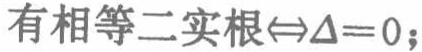
有相等二实根$\Leftrightarrow\Delta = 0$；